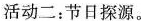
活动二：节日探源。